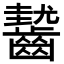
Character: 𪙓